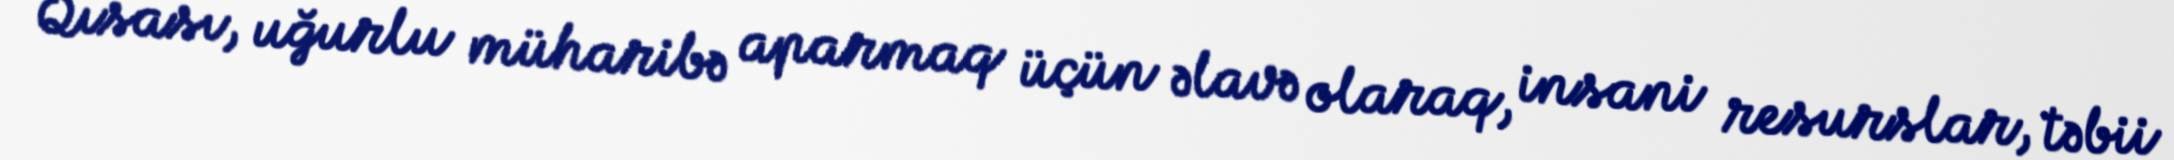
Qısası, uğurlu müharibə aparmaq üçün əlavə olaraq, insani resurslar, təbii